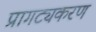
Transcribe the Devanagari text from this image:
प्रागट्यकरण